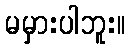
မမှားပါဘူး။